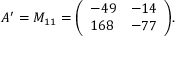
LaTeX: A ^ { \prime } = M _ { 1 1 } = { \left( \begin{array} { l l } { - 4 9 } & { - 1 4 } \\ { 1 6 8 } & { - 7 7 } \end{array} \right) } .